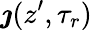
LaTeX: \boldsymbol{\jmath}(z^{\prime},\tau_{r})